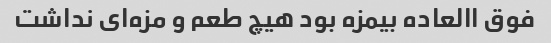
فوق االعاده بیمزه بود هیچ طعم و مزه‌ای نداشت